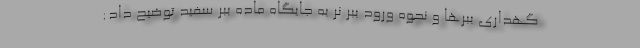
گهداری ببرها و نحوه ورود ببر نر به جایگاه ماده ببر سفید توضیح داد: